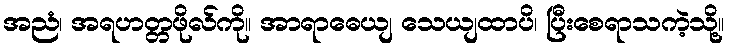
အညံ၊ အရဟတ္တဖိုလ်ကို။ အာရာဓေယျ သေယျထာပိ၊ ပြီးစေရာသကဲ့သို့။